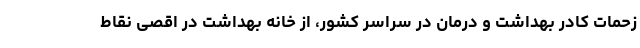
زحمات کادر بهداشت و درمان در سراسر کشور، از خانه بهداشت در اقصی نقاط